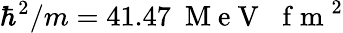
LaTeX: \hbar^{2}/m=41.47~\mathrm{~M~e~V~}\, \, \mathrm{~f~m~}^{2}